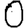
Digit: 0